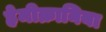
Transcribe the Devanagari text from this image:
हेमीक्रानिया